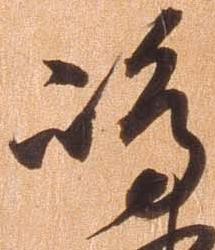
島